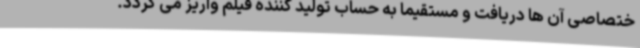
ختصاصی آن ها دریافت و مستقیما به حساب تولید کننده فیلم واریز می گردد.